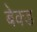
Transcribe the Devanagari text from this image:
बेक्‍ड